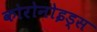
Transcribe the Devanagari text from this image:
कोरोनोइड्स